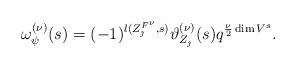
LaTeX: \begin{align*}\omega_\psi^{(\nu)}(s) = (-1)^{l(Z_\jmath^{F^\nu}, s)} \vartheta_{Z_\jmath}^{(\nu)}(s) q^{\frac{\nu}{2} \dim V^s} .\end{align*}